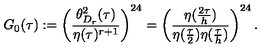
G _ { 0 } ( \tau ) : = \left( \frac { \theta _ { D _ { r } } ^ { 2 } ( \tau ) } { \eta ( \tau ) ^ { r + 1 } } \right) ^ { 2 4 } = \left( \frac { \eta ( \frac { 2 \tau } { h } ) } { \eta ( \frac { \tau } { 2 } ) \eta ( \frac { \tau } { h } ) } \right) ^ { 2 4 } .